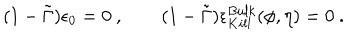
LaTeX: ( 1 - \tilde { \Gamma } ) \epsilon _ { 0 } = 0 \ , \qquad ( 1 - \tilde { \Gamma } ) \epsilon _ { K i l l } ^ { B u l k } ( \phi , \eta ) = 0 \ .